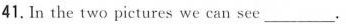
41. In the two pictures we can see_____.